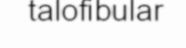
talofibular